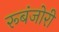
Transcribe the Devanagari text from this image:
रूबंजोरी